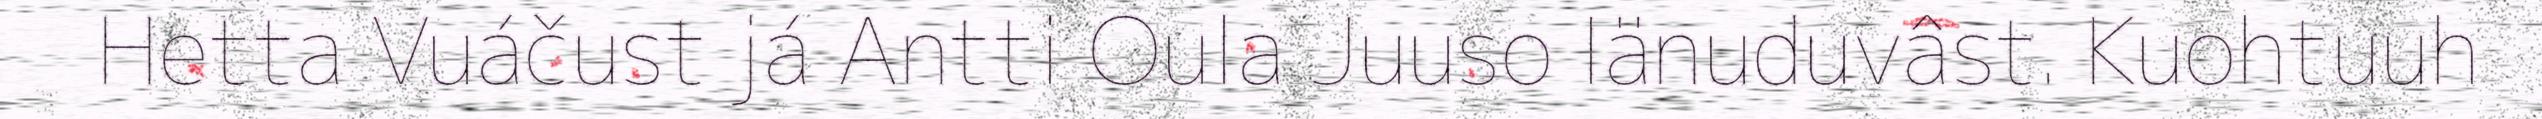
Hetta Vuáčust já Antti Oula Juuso Iänuduvâst. Kuohtuuh